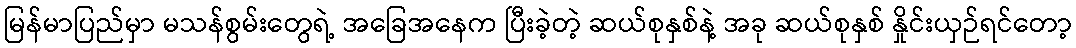
မြန်မာပြည်မှာ မသန်စွမ်းတွေရဲ့ အခြေအနေက ပြီးခဲ့တဲ့ ဆယ်စုနှစ်နဲ့ အခု ဆယ်စုနှစ် နှိုင်းယှဉ်ရင်တော့